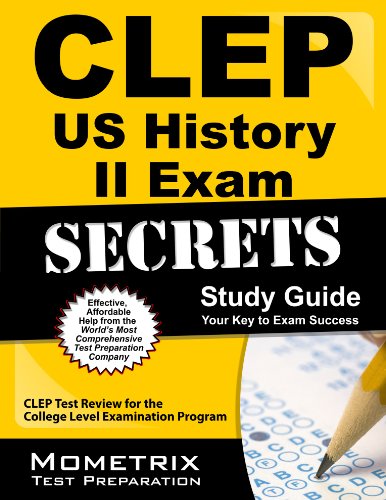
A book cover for CLEP US History II Exam Secrets Study Guide: CLEP Test Review for the College Level Examination Program; CLEP Exam Secrets Test Prep Team; Test Preparation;